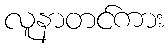
လူနာတင်ကား